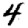
Digit: 4